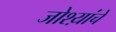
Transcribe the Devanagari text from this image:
जोश्य़ांचे